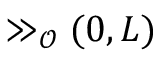
\gg _ { \mathscr { O } } ( 0 , L )